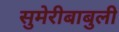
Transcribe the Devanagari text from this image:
सुमेरीबाबुली